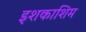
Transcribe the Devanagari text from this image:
इशकाशिम